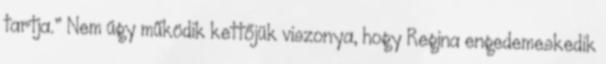
tartja.” Nem úgy működik kettőjük viszonya, hogy Regina engedemeskedik